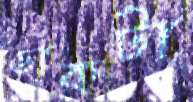
ডাকটা